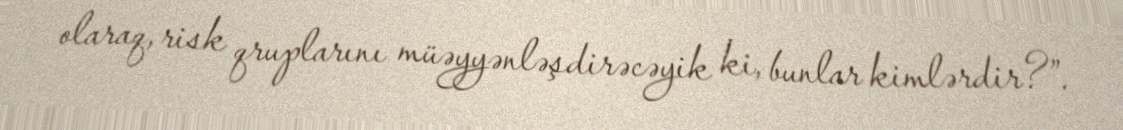
olaraq, risk qruplarını müəyyənləşdirəcəyik ki, bunlar kimlərdir?”.